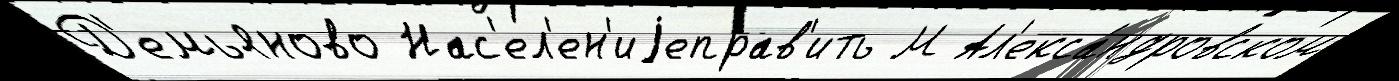
Д'емьяново Нас'ел'ен'иjеправ'ить М Ал'екса́ндровском